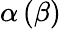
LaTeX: \alpha\left(\beta\right)